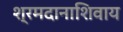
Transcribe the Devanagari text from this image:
श्रमदानाशिवाय